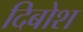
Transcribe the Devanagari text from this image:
दिबोश